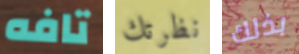
تافه نظرتك بذلك